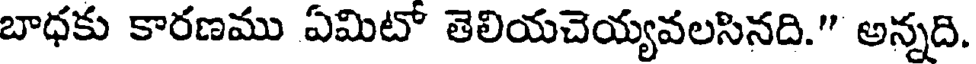
బాధకు కారణము ఏమిటో తెలియచెయ్యవలసినది." అన్నది.